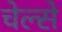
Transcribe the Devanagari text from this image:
चेल्से